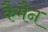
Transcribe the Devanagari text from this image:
कैमैन